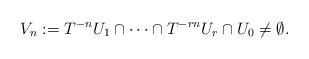
LaTeX: \begin{align*} V_n:=T^{-n}U_1\cap\dots \cap T^{-rn}U_r\cap U_0\neq \emptyset. \end{align*}